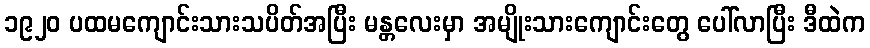
၁၉၂၀ ပထမကျောင်းသားသပိတ်အပြီး မန္တလေးမှာ အမျိုးသားကျောင်းတွေ ပေါ်လာပြီး ဒီထဲက